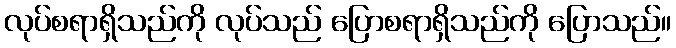
လုပ်စရာရှိသည်ကို လုပ်သည် ပြောစရာရှိသည်ကို ပြောသည်။